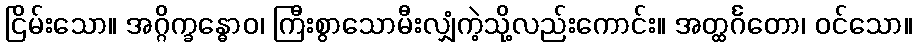
ငြိမ်းသော။ အဂ္ဂိက္ခန္ဓောဝ၊ ကြီးစွာသောမီးလျှံကဲ့သို့လည်းကောင်း။ အတ္ထင်္ဂတော၊ ဝင်သော။